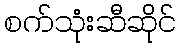
စက်သုံးဆီဆိုင်